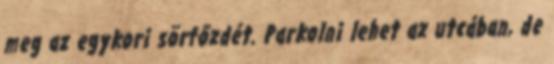
meg az egykori sörfőzdét. Parkolni lehet az utcában, de